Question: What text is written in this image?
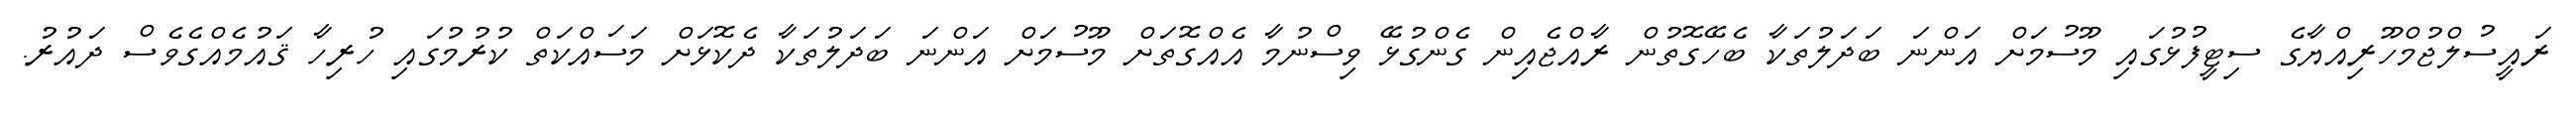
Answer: ރައީސުލްޖުމްހޫރިއްޔާގެ ސިޓީފުޅުގައި މޫސުމަށް އަންނަ ބަދަލުތަކާ ބެހޭގޮތުން ރާއްޖެއިން ގެންގުޅޭ ވިސްނުމާ އެއްގޮތަށް މޫސުމަށް އަންނަ ބަދަލުތަކާ ދެކޮޅަށް މަސައްކަތް ކުރުމުގައި ހުރިހާ ޤައުމެއްގެވެސް ދައުރު.